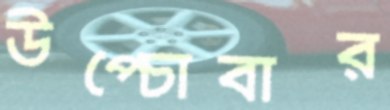
উপ্‌চোবার